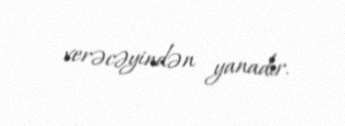
verəcəyindən yanadır.